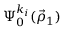
\Psi _ { 0 } ^ { k _ { i } } ( \vec { \rho } _ { 1 } )